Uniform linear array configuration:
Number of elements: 12
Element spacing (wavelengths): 0.5
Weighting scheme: uniform
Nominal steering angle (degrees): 45
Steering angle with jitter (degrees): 45.52
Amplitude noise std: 0.05
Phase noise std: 0.05

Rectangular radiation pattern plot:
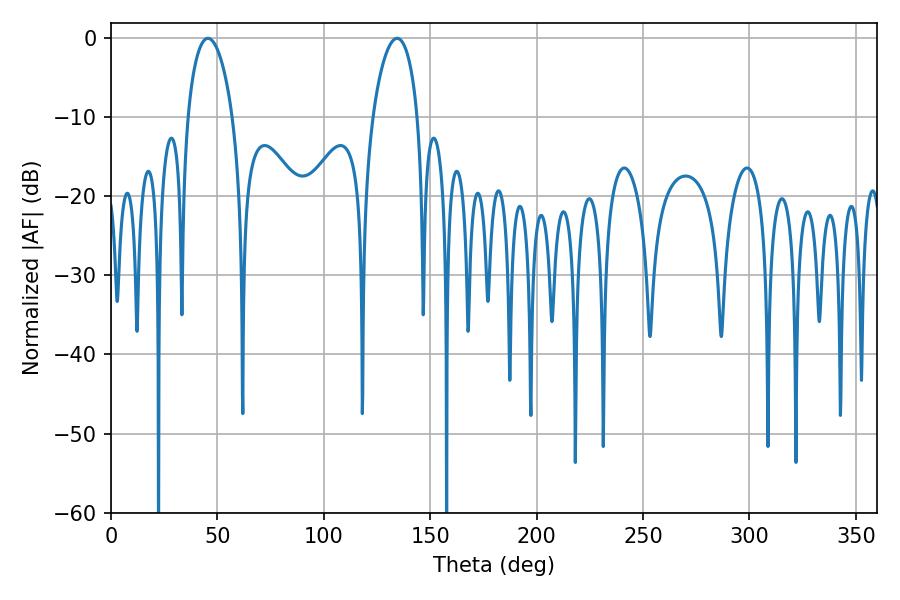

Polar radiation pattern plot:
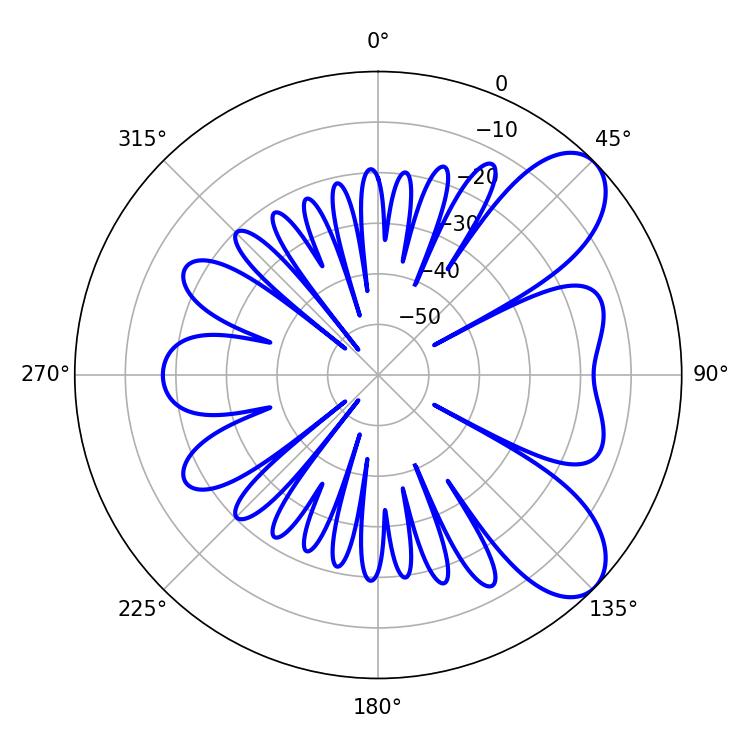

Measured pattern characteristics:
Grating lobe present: FALSE
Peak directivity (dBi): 7.819
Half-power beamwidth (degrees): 11.88
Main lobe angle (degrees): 45.54